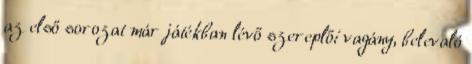
az első sorozat már játékban lévő szereplői vagány, belevaló